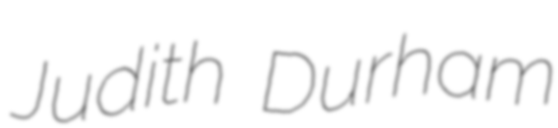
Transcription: Judith Durham